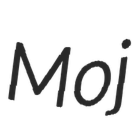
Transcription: Мој